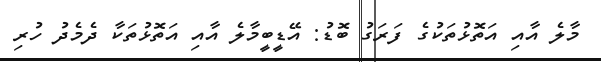
މާލެ އާއި އަތޮޅުތަކުގެ ފަރަގު ބޮޑު: އޭޑީބީމާލެ އާއި އަތޮޅުތަކާ ދެމެދު ހުރި